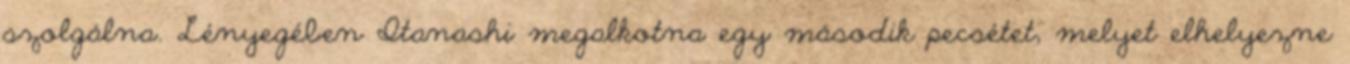
szolgálna. Lényegében Itanashi megalkotna egy második pecsétet, melyet elhelyezne